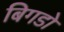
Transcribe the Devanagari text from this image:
बिगडो